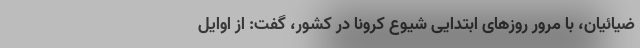
ضیائیان، با مرور روزهای ابتدایی شیوع کرونا در کشور، گفت: از اوایل